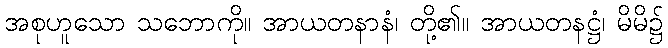
အစုဟူသော သဘောကို။ အာယတနာနံ၊ တို့၏။ အာယတနဋ္ဌံ၊ မိမိ၌